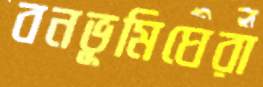
বনভূমিঘেরা